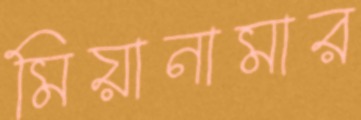
মিয়ানামার